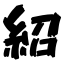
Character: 紹